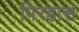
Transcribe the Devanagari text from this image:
पिरहास